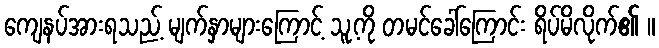
ကျေနပ်အားရသည့် မျက်နှာများကြောင့် သူ့ကို တမင်ခေါ်ကြောင်း ရိပ်မိလိုက်၏ ။